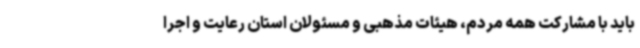
باید با مشارکت همه مردم، هیئات مذهبی و مسئولان استان رعایت و اجرا